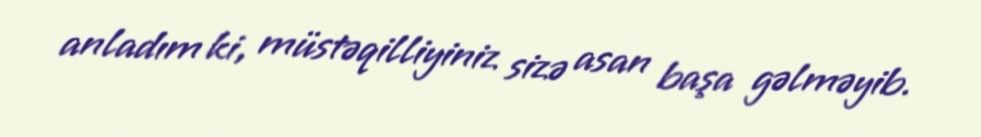
anladım ki, müstəqilliyiniz sizə asan başa gəlməyib.